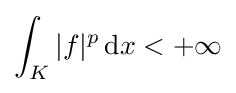
\int _{K}|f|^{p}\,\mathrm {d} x<+\infty